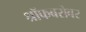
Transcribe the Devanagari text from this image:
श्रॉफबरोबर